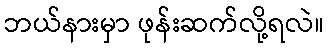
ဘယ်နားမှာ ဖုန်းဆက်လို့ရလဲ။